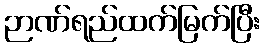
ဉာဏ်ရည်ထက်မြက်ပြီး